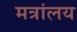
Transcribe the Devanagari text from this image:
मत्रांलय